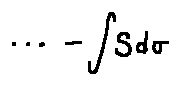
\cdots - \int S d \sigma